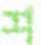
শ